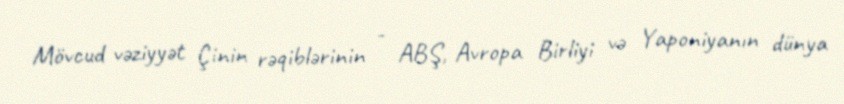
Mövcud vəziyyət Çinin rəqiblərinin - ABŞ, Avropa Birliyi və Yaponiyanın dünya